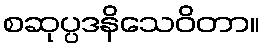
စဆုပ္ပဒနိသေဝိတာ။